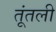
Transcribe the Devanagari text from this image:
तूंतली